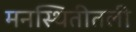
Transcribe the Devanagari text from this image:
मनस्थितीतली